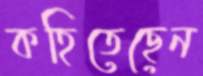
কহিতেছেন